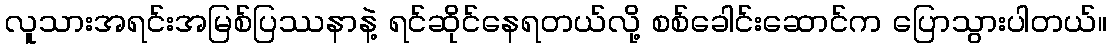
လူသားအရင်းအမြစ်ပြဿနာနဲ့ ရင်ဆိုင်နေရတယ်လို့ စစ်ခေါင်းဆောင်က ပြောသွားပါတယ်။